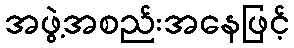
အဖွဲ့အစည်းအနေဖြင့်